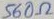
Text: 560Ω